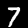
Label: 7